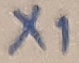
Text: X1